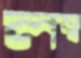
লম্ব